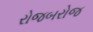
રોજબરોજ